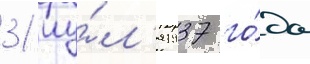
31 иу́л'я 1937 го́да